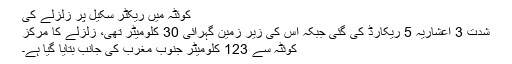
کوئٹہ میں ریکٹر سکیل پر زلزلے کی
شدت 3 اعشاریہ 5 ریکارڈ کی گئی جبکہ اس کی زیر زمین گہرائی 30 کلومیٹر تھی، زلزلے کا مرکز
کوئٹہ سے 123 کلومیٹر جنوب مغرب کی جانب بتایا گیا ہے۔